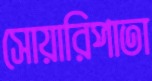
সোয়ারিপাতা